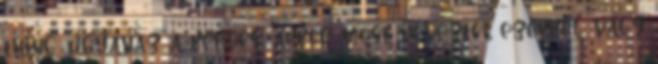
thing: ugyanaz a kérdés: akkor most neveztél ezekkel, vagy